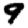
Digit: 9